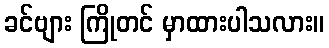
ခင်ဗျား ကြိုတင် မှာထားပါသလား။